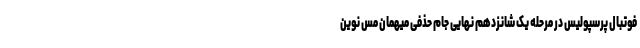
فوتبال پرسپولیس در مرحله یک شانزدهم نهایی جام حذفی میهمان مس نوین